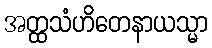
အတ္ထသံဟိတေနာယသ္မာ